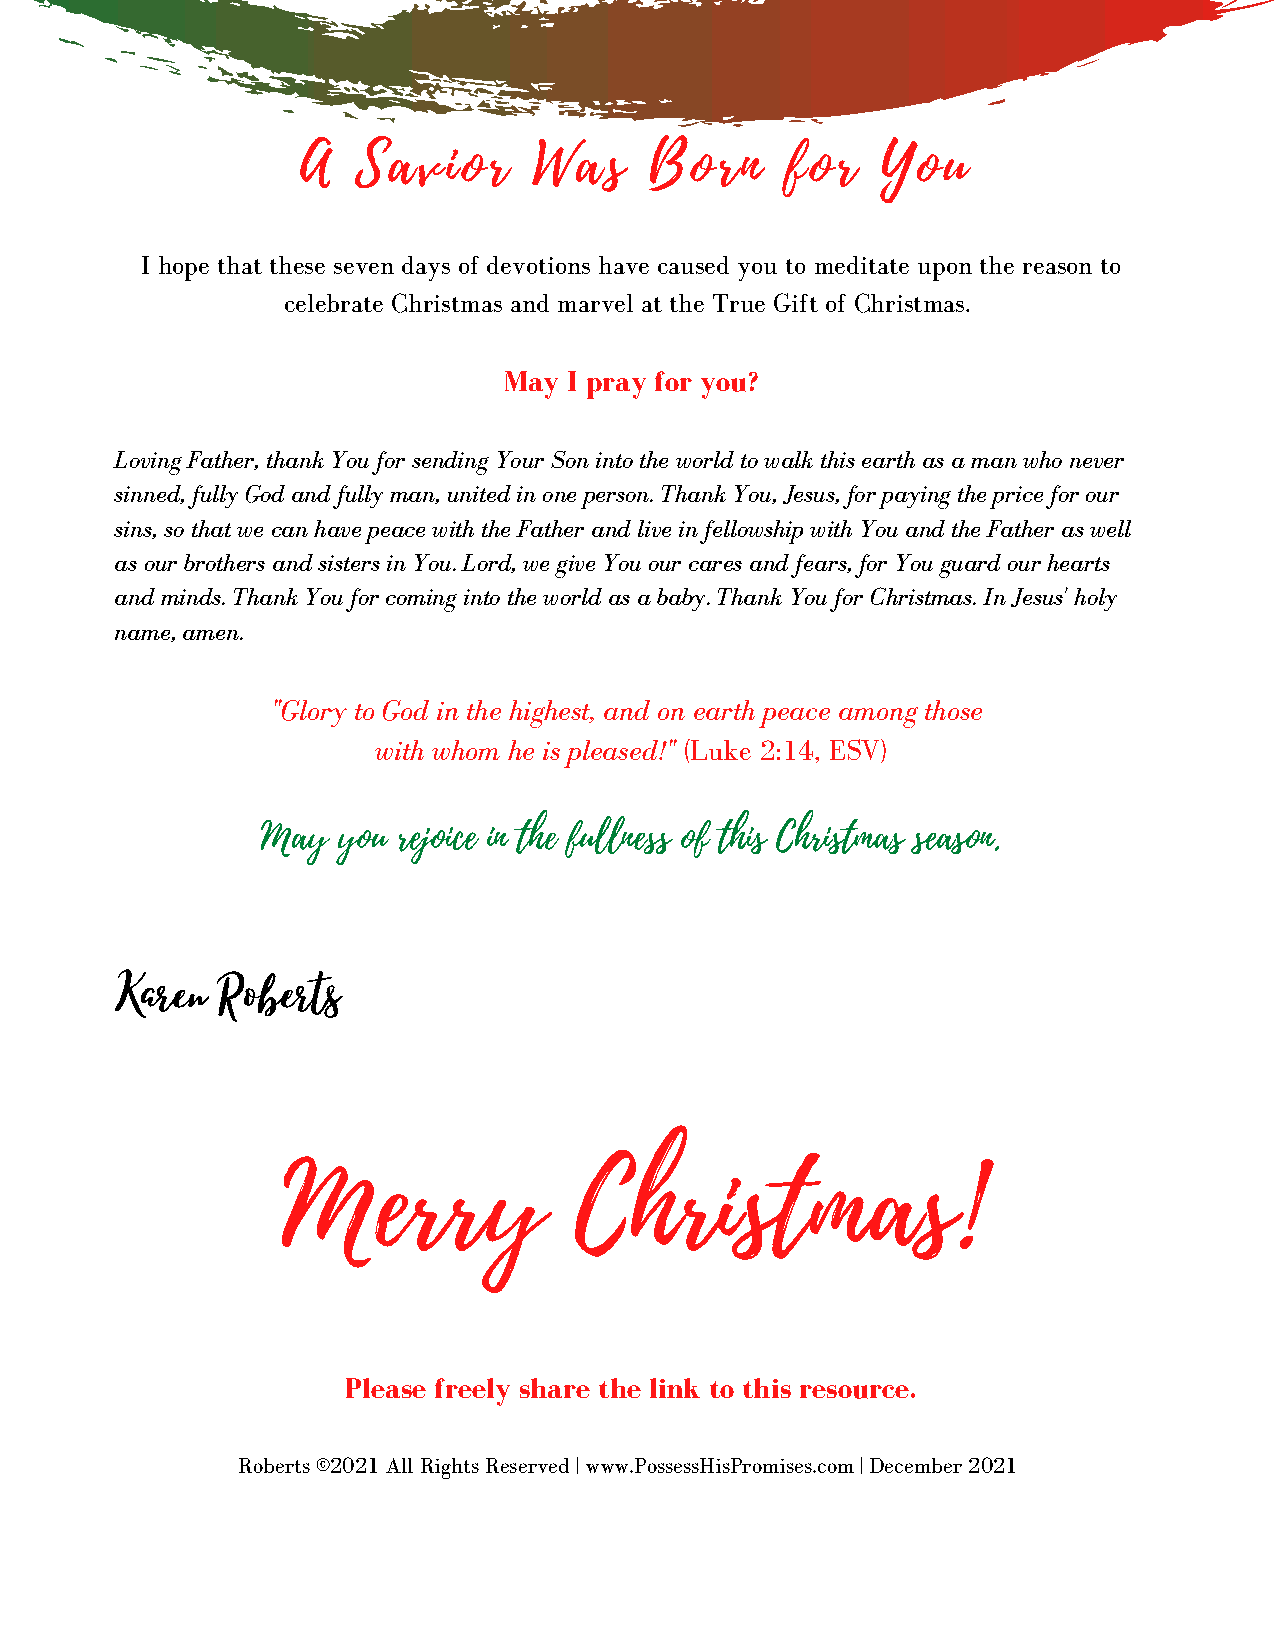
A   Savior     Was     Born     for   You
 I hope that these seven days of devotions have caused you to meditate upon the reason to
 celebrate Christmas and marvel at the True Gift of Christmas.
 May  I pray for you?
 Loving Father, thank You for sending Your Son into the world to walk this earth as a man who never
 sinned, fully God and fully man, united in one person. Thank You, Jesus, for paying the price for our
 sins, so that we can have peace with the Father and live in fellowship with You and the Father as well
 as our brothers and sisters in You. Lord, we give You our cares and fears, for You guard our hearts
 and minds. Thank You for coming into the world as a baby. Thank You for Christmas. In Jesus' holy
 name, amen.
 "Glory to God in the highest, and on earth peace among those
 with whom he is pleased!" (Luke 2:14, ESV)
 May  you rejoice in the fullness of this Christmas season.
 Karen Roberts
 Merry              Christmas!
 Please freely share the link to this resource.
 Roberts ©2021 All Rights Reserved | www.PossessHisPromises.com | December 2021